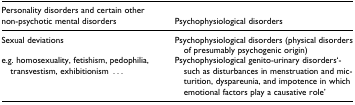
<table><thead><tr><td><b>Personality disorders and certain other non-psychotic mental disorders</b></td><td><b>Psychophysiological disorders</b></td></tr></thead><tbody><tr><td>Sexual deviations</td><td>Psychophysiological disorders (physical disorders of presumably psychogenicorigin)</td></tr><tr><td>e.g. homosexuality, fetishism, pedophilia, transvestism, exhibitionism ...</td><td>Psychophysiological genito-urinary disorders‘such as disturbances in menstruationand micturition, dyspareunia, and impotence in which emotional factors play acausative role’</td></tr></tbody></table>